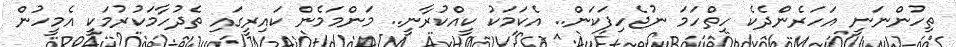
ތިހުންނަނީ އަހަރެންެދެކެ ހިތްހަމަ ނުޖެހިފަކަން.. އެކަމަކު ކީއްކުރާނީ.. މަންމަމެން ކައިރީގައި ތެދުހާމަކުރުމަކީ އެމީހުން